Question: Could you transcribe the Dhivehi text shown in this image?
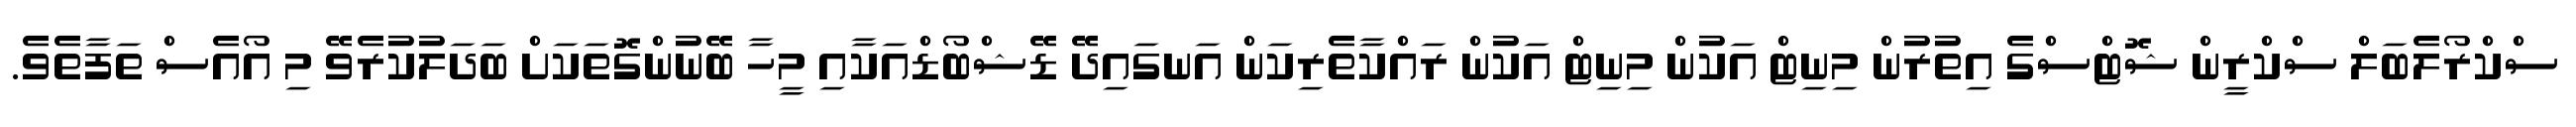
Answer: ސްކްރޯލެބަލް ސްކްރީން ޝޮޓްސްގެ އިތުރުން މިނިޓް އަކުން މިނިޓް އަކުން ރައްކާތެރިކަން އަނގައިދޭ ޑޭޝްބޯޑްއަކާއި މީހާ ބޭނުންގޮތަކަށް ބަދަލުކުރެވޭ މި އޯއެސް ތަފާތެވެ.